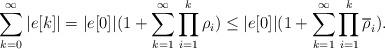
LaTeX: \begin{align*}\sum_{k=0}^\infty |e[k]| = |e[0]| (1+\sum_{k=1}^\infty\prod_{i=1}^{k} \rho_i) \leq |e[0]| (1 + \sum_{k=1}^\infty \prod_{i=1}^{k} \overline{\rho}_i).\end{align*}